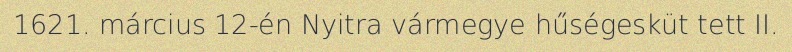
1621. március 12-én Nyitra vármegye hűségesküt tett II.